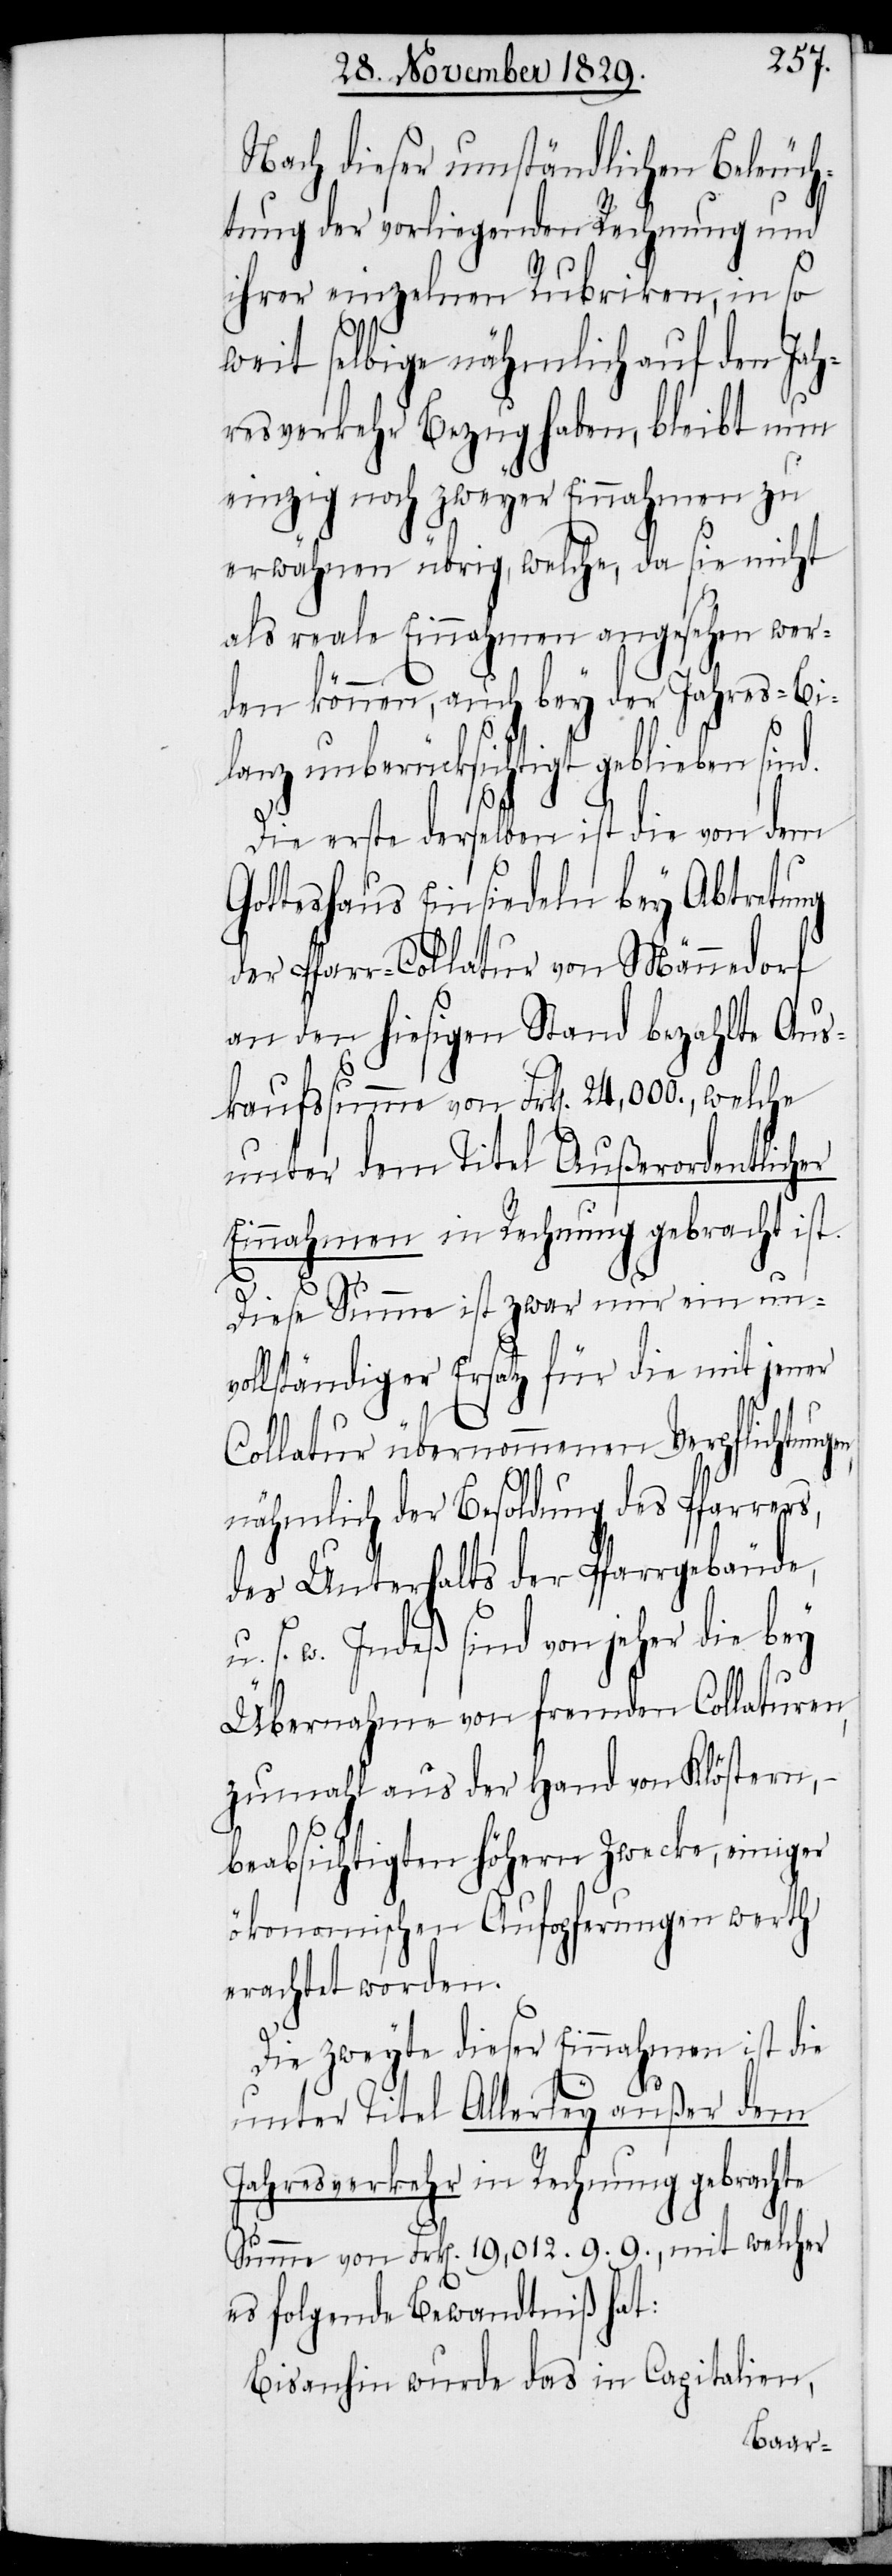
Nach dieser umständlichen Beleuch¬
tung der vorliegenden Rechnung und
ihrer einzelnen Rubriken, in so
w.
weit selbige nähmlich auf den Jah¬
resverkehr Bezug haben, bleibt nun
einzig noch zweyer Einnahmen zu
erwähnen übrig, welche, da sie nicht
als reale Einnahmen angesehen wer¬
den können, auch bey der Jahres-Bi¬
lanz unberücksichtigt geblieben sind.
Die erstere derselben ist die von dem
Gotteshaus Einsiedeln bey Abtretung
der Pfarr-Collatur von Männedorf
an den hiesigen Stand bezahlte Aus¬
kaufssumme von Frk[en]. 24,000., welche
unter dem Titel Außerordentlicher
Einnahmen in Rechnung gebracht ist.
Diese Summe ist zwar nur ein unv¬
ollständiger Ersatz für die mit jener
Collatur übernommenen Verpflichtung¬
nähmlich der Besoldung des Pfarrer¬
des Unterhalts der Pfarrgebäude,
Indeß sind von jeher die bey
Übernahme von fremden Collaturen,
zumahl aus der Hand von Klöstern, –
beabsichtigten höhern Zwecke, einiger
ökonomischen Aufopferungen werth
erachtet worden.
Die zweyte dieser Einnahmen ist die
unter Titel Allerley außer dem
Jahresverkehr in Rechnung gebrachte
Summe von Frk[en]. 19,012.9.9., mit welcher
es folgende Bewandtniß hat:
Bisanhin wurde das in Capitalien,